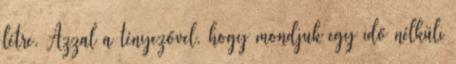
létre. Azzal a tényezővel, hogy mondjuk egy idő nélküli